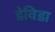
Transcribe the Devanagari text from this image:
डेविडा